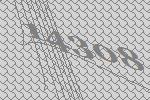
14308